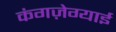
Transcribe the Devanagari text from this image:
कंगज़ेग्याई